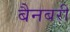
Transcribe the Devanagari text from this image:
बैनबरी